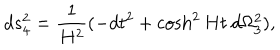
LaTeX: d s _ { 4 } ^ { 2 } = \frac { 1 } { H ^ { 2 } } ( - d t ^ { 2 } + \cosh ^ { 2 } H t \: d \Omega _ { 3 } ^ { 2 } ) ,